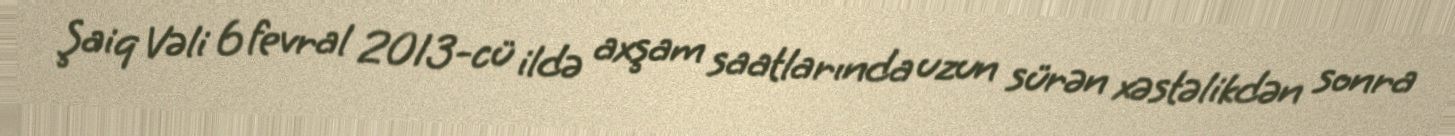
Şaiq Vəli 6 fevral 2013-cü ildə axşam saatlarında uzun sürən xəstəlikdən sonra